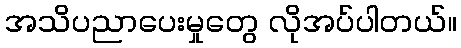
အသိပညာပေးမှုတွေ လိုအပ်ပါတယ်။